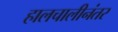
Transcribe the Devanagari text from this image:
हालचालीनंतर